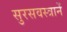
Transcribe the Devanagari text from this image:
सुरसवस्त्रानें